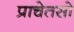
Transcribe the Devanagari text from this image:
प्राचेतसो